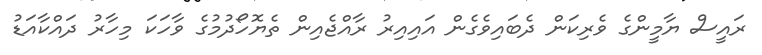
ރައީސް ޔާމީންގެ ވެރިކަން ދެބައިވެގެން އައިއިރު ރާއްޖެއިން ތެޔޮހޯދުމުގެ ވާހަކަ މިހާރު ދައްކާއަޑު